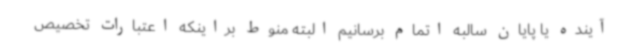
آینده یا پایان سالبه اتمام برسانیم البته منوط براینکه اعتبارات تخصیص